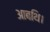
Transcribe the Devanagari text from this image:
आबथि।